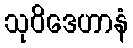
သုဝိဒေဟာနံ